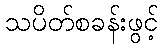
သပိတ်စခန်းဖွင့်